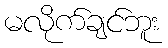
မလိုက်ချင်ဘူး